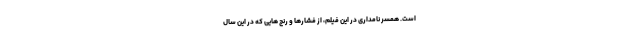
است. همسر نامداری در این فیلم، از فشارها و رنج هایی که در این سال